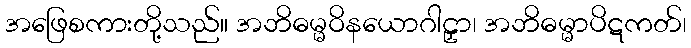
အဖြေစကားတို့သည်။ အဘိဓမ္မဝိနယောဂါဠှာ၊ အဘိဓမ္မာပိဋကတ်၊